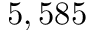
5 , 5 8 5